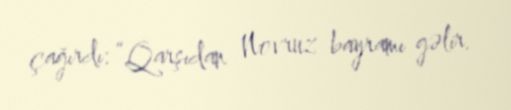
çağırdı: “Qarşıdan Novruz bayramı gəlir.